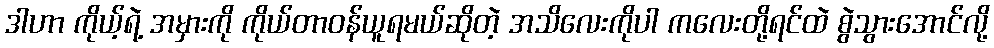
ဒါဟာ ကိုယ့်ရဲ့ အမှားကို ကိုယ်တာဝန်ယူရမယ်ဆိုတဲ့ အသိလေးကိုပါ ကလေးတို့ရင်ထဲ စွဲသွားအောင်လို့